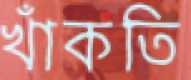
খাঁকতি